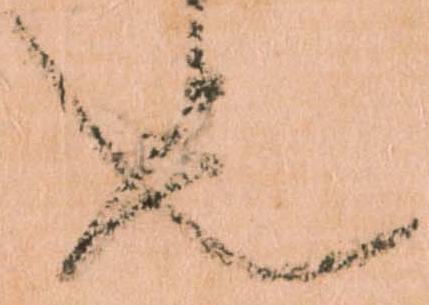
也